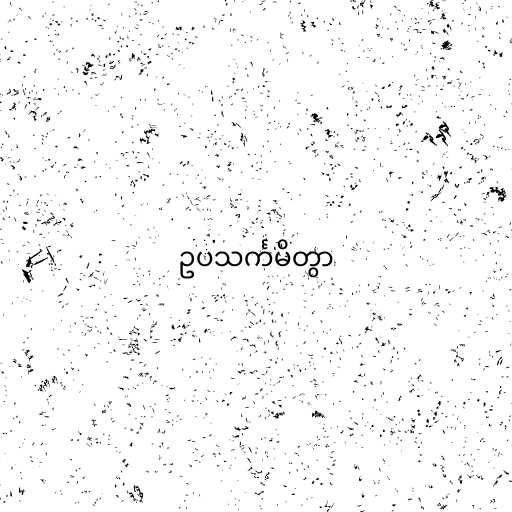
ဥပသင်္ကမိတွာ